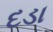
દડા